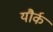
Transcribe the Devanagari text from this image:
यौर्क